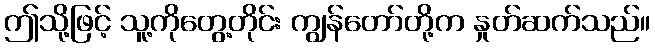
ဤသို့ဖြင့် သူ့ကိုတွေ့တိုင်း ကျွန်တော်တို့က နှုတ်ဆက်သည်။